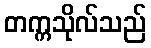
တက္ကသိုလ်သည်